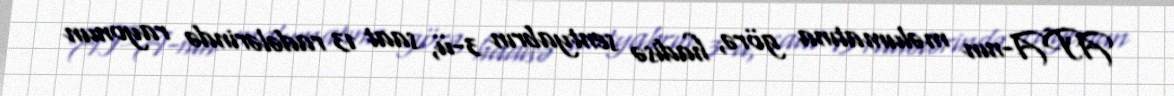
APA-nın məlumatına görə, hadisə sentyabrın 3-ü, saat 13 radələrində rayonun